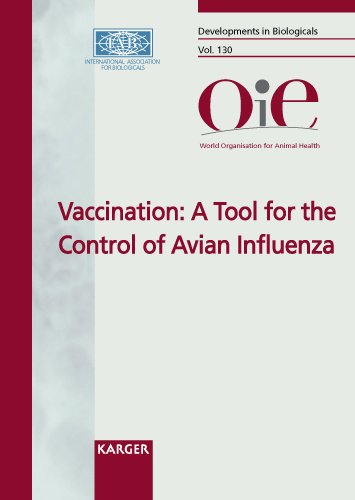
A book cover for Vaccination: A Tool for the Control of Avian Influenza: Joint OIE/FAO/IZSVe Conference, Verona, March 2007: Proceedings (Developments in Biologicals, Vol. 130); Medical Books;